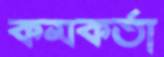
কমকর্তা